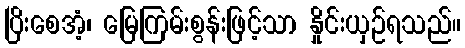
ပြိးစေအံ့၊ မြေကြမ်းစွန်းဖြင့်သာ နှိုင်းယှဉ်ရသည်။